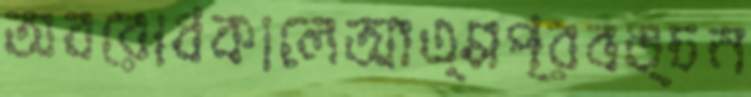
অবরোধকালেআত্মপ্রবঙ্চন